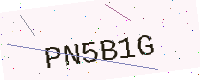
Text: PN5B1G